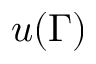
u ( \Gamma )